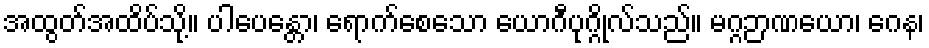
အထွတ်အထိပ်သို့။ ပါပေန္တော၊ ရောက်စေသော ယောဂီပုဂ္ဂိုလ်သည်။ မဂ္ဂဉာဏယော၊ ဂေန၊